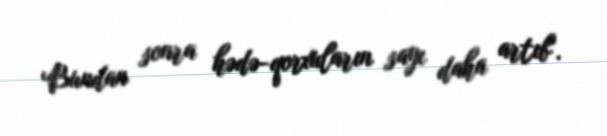
Bundan sonra hədə-qorxuların sayı daha artıb".